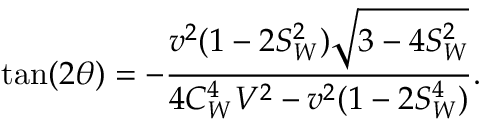
\tan ( 2 \theta ) = - \frac { v ^ { 2 } ( 1 - 2 S _ { W } ^ { 2 } ) \sqrt { 3 - 4 S _ { W } ^ { 2 } } } { 4 C _ { W } ^ { 4 } V ^ { 2 } - v ^ { 2 } ( 1 - 2 S _ { W } ^ { 4 } ) } .